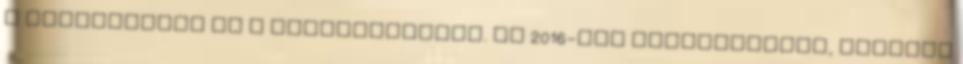
a megújulásra és a szemlélődésre. És 2016-ban folyamatosan, ezekben